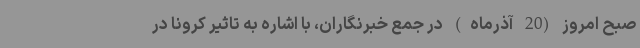
صبح امروز (20 آذرماه) در جمع خبرنگاران، با اشاره به تاثیر کرونا در